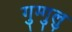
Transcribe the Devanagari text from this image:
गुग्गुलु